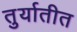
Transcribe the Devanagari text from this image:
तुर्यातीत